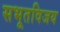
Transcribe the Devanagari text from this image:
सभूतविजय